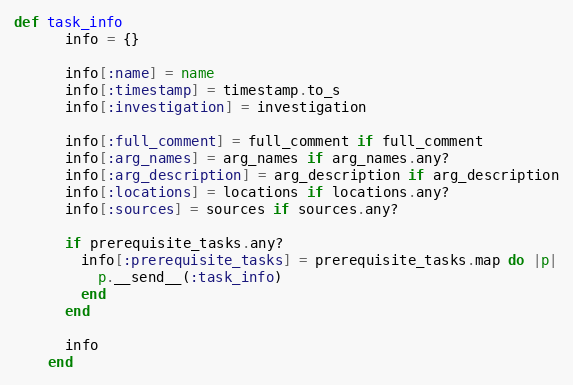
Language: Ruby
def task_info
      info = {}

      info[:name] = name
      info[:timestamp] = timestamp.to_s
      info[:investigation] = investigation

      info[:full_comment] = full_comment if full_comment
      info[:arg_names] = arg_names if arg_names.any?
      info[:arg_description] = arg_description if arg_description
      info[:locations] = locations if locations.any?
      info[:sources] = sources if sources.any?

      if prerequisite_tasks.any?
        info[:prerequisite_tasks] = prerequisite_tasks.map do |p|
          p.__send__(:task_info)
        end
      end

      info
    end